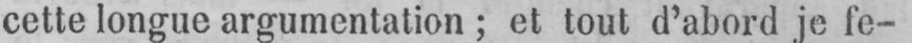
cette longue argumentation; et tout d’abord je fe-